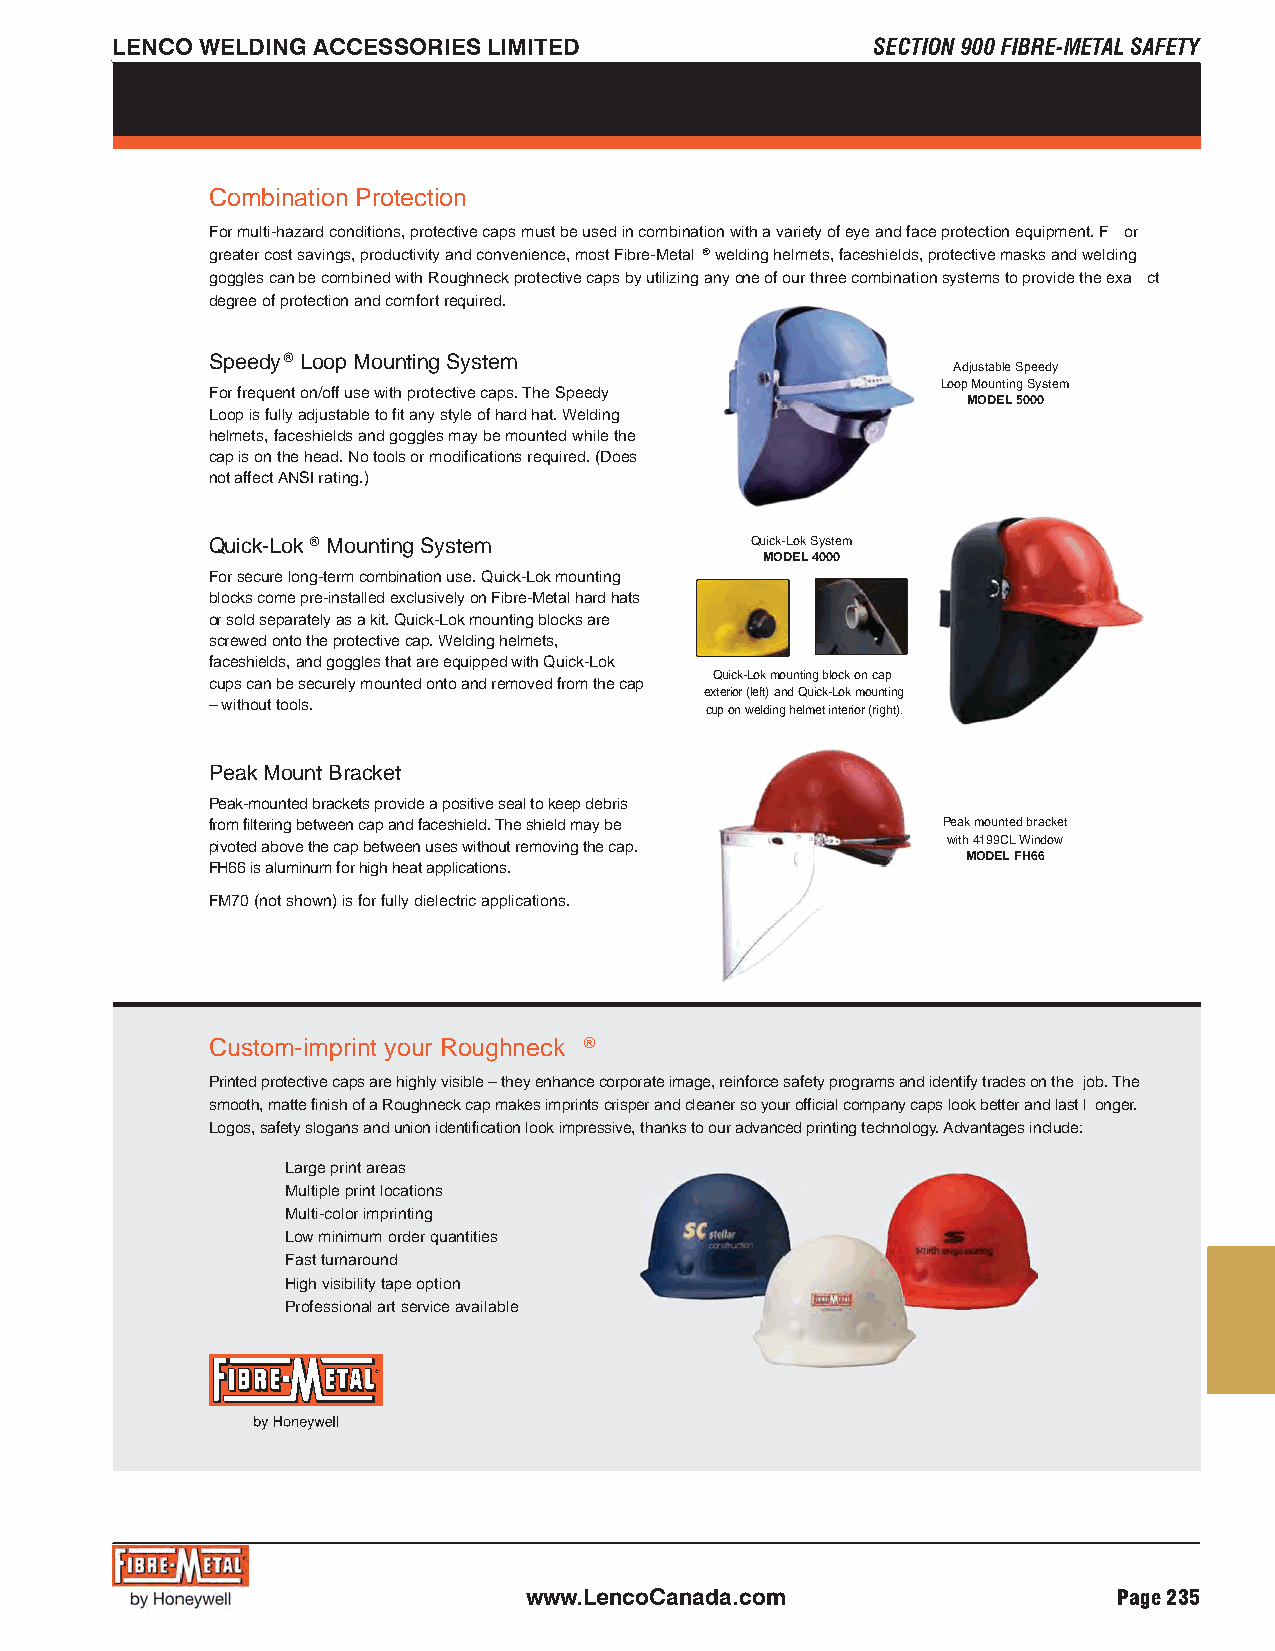
LENCO WELDING ACCESSORIES LIMITED                  SECTION 900 FIBRE-METAL SAFETY
 Combination Protection
 For multi-hazard conditions, protective caps must be used in combination with a variety of eye and face protection equipment. F or
 greater cost savings, productivity and convenience, most Fibre-Metal ®welding helmets, faceshields, protective masks and welding
 goggles can be combined with Roughneck protective caps by utilizing any one of our three combination systems to provide the exa ct
 degree of protection and comfort required.
 Speedy® Loop Mounting System
 Adjustable Speedy
 Loop Mounting System
 For frequent on/off use with protective caps. The Speedy
 MODEL 5000
 Loop is fully adjustable to fit any style of hard hat. Welding
 helmets, faceshields and goggles may be mounted while the
 cap is on the head. No tools or modifications required. (Does
 not affect ANSI rating.)
 Quick-Lok® Mounting System          Quick-Lok System
 MODEL 4000
 For secure long-term combination use. Quick-Lok mounting
 blocks come pre-installed exclusively on Fibre-Metal hard hats
 or sold separately as a kit. Quick-Lok mounting blocks are
 screwed onto the protective cap. Welding helmets,
 faceshields, and goggles that are equipped with Quick-Lok
 Quick-Lok mounting block on cap
 cups can be securely mounted onto and removed from the cap
 exterior (left) and Quick-Lok mounting
 – without tools.
 cup on welding helmet interior (right).
 Peak Mount Bracket
 Peak-mounted brackets provide a positive seal to keep debris
 from filtering between cap and faceshield. The shield may be Peak mounted bracket
 pivoted above the cap between uses without removing the cap. with 4199CL Window
 MODEL FH66
 FH66 is aluminum for high heat applications.
 FM70 (not shown) is for fully dielectric applications.
 Custom-imprint your Roughneck ®
 Printed protective caps are highly visible – they enhance corporate image, reinforce safety programs and identify trades on the job. The
 smooth, matte finish of a Roughneck cap makes imprints crisper and cleaner so your official company caps look better and last l onger.
 Logos, safety slogans and union identification look impressive, thanks to our advanced printing technology. Advantages include:
 Large print areas
 Multiple print locations
 Multi-color imprinting
 Low minimum order quantities
 Fast turnaround
 High visibility tape option
 Professional art service available
 www.LencoCanada.com                    Page 235